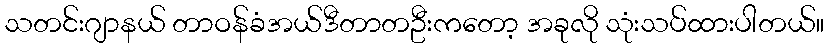
သတင်းဂျာနယ် တာဝန်ခံအယ်ဒီတာတဦးကတော့ အခုလို သုံးသပ်ထားပါတယ်။